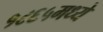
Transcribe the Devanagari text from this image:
१८६५मध्ये